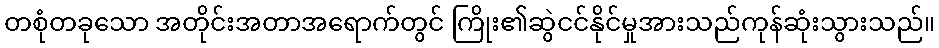
တစုံတခုသော အတိုင်းအတာအရောက်တွင် ကြိုး၏ဆွဲငင်နိုင်မှုအားသည်ကုန်ဆုံးသွားသည်။